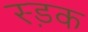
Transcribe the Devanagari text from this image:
स्ड़क